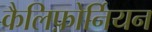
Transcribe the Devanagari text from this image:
कैलिफ़ोर्नियन